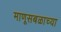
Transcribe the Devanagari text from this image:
माणूसबळाच्या